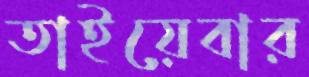
তাইয়েবার